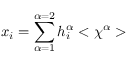
x _ { i } = \sum _ { \alpha = 1 } ^ { \alpha = 2 } h _ { i } ^ { \alpha } < \chi ^ { \alpha } >